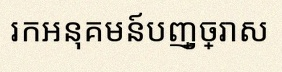
រកអនុគមន៍បញ្ច្រាស